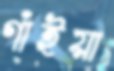
গাঁইয়া